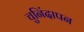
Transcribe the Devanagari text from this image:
चुनिंदापन